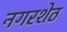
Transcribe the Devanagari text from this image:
नगरशेठ